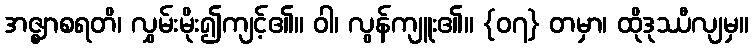
အဇ္ဈာစရတိ၊ လွှမ်းမိုး၍ကျင့်၏။ ဝါ၊ လွန်ကျူး၏။ {၀၇} တမှာ၊ ထိုဒုဿီလျမှ။